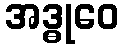
အဒ္ဓုဝေ